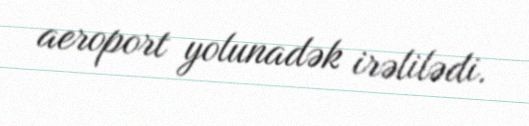
aeroport yolunadək irəlilədi.